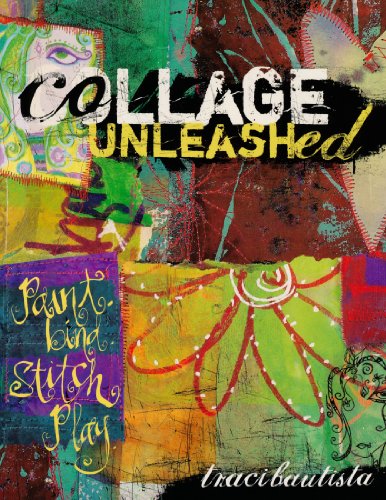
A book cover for Collage Unleashed; Traci Bautista; Crafts, Hobbies & Home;